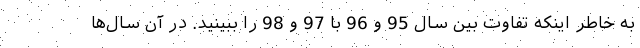
به خاطر اينكه تفاوت بين سال 95 و 96 با 97 و 98 را ببينيد. در آن سال‌ها